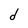
Character: d